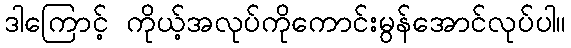
ဒါကြောင့် ကိုယ့်အလုပ်ကိုကောင်းမွန်အောင်လုပ်ပါ။